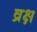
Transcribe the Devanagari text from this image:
व्रक्ष